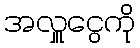
အလှူငွေကို